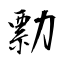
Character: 勡